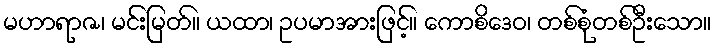
မဟာရာဇ၊ မင်းမြတ်။ ယထာ၊ ဥပမာအားဖြင့်။ ကောစိဒေဝ၊ တစ်စုံတစ်ဦးသော။